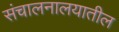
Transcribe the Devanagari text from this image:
संचालनालयातील